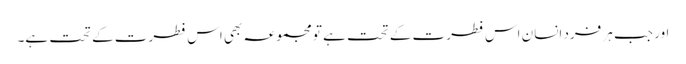
اور جب ہر فرد انسان اس فطرت کے تحت ہے تو مجموعہ بھی اس فطرت کے تحت ہے۔